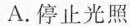
A.停止光照